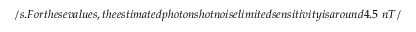
/ s . F o r t h e s e v a l u e s , t h e e s t i m a t e d p h o t o n s h o t n o i s e l i m i t e d s e n s i t i v i t y i s a r o u n d 4 . 5 \, \, n T /